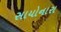
સાયોનારા